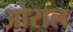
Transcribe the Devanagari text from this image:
ओराल